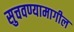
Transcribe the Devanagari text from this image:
सुचवण्यामागील